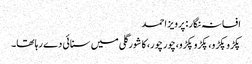
افسانہ نگار : پرویز احمد
پکڑو پکڑو، پکڑو پکڑو،چور چور، کا شورگلی میں سنائی دے رہا تھا۔